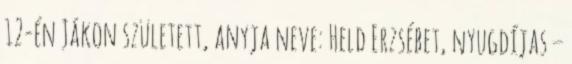
12-én Jákon született, anyja neve: Held Erzsébet, nyugdíjas –